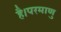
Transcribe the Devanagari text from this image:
है।परमाणु